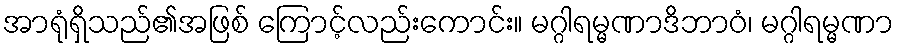
အာရုံရှိသည်၏အဖြစ် ကြောင့်လည်းကောင်း။ မဂ္ဂါရမ္မဏာဒိဘာဝံ၊ မဂ္ဂါရမ္မဏာ